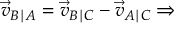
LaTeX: { \vec { v } } _ { B \mid A } = { \vec { v } } _ { B \mid C } - { \vec { v } } _ { A \mid C } \Rightarrow